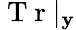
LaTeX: \mathrm{~T~r~}|_{\mathbf{y}}